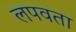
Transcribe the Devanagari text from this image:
लपवता